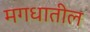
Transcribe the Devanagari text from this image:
मगधातील